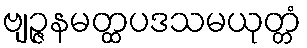
ဗျဉ္ဇနမတ္ထပဒသမယုတ္တံ